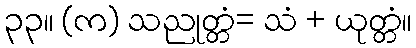
၃၃။ (က) သညုတ္တံ= သံ + ယုတ္တံ။